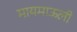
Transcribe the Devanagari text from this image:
मायमाऊली